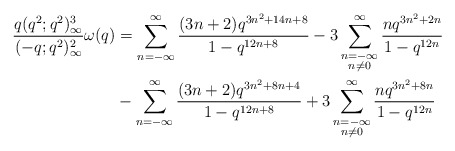
\begin{align*}\frac{q(q^2;q^2)_\infty^3}{(-q;q^2)_\infty^2}\omega(q) &= \sum_{n=-\infty}^\infty \frac{(3n+2)q^{3n^2+14n+8}}{1-q^{12n+8}}-3\sum_{\substack{n=-\infty\\n\neq 0}}^\infty \frac{nq^{3n^2+2n}}{1-q^{12n}}\\&-\sum_{n=-\infty}^\infty \frac{(3n+2)q^{3n^2+8n+4}}{1-q^{12n+8}}+3\sum_{\substack{n=-\infty\\n\neq 0}}^\infty \frac{nq^{3n^2+8n}}{1-q^{12n}}\end{align*}